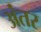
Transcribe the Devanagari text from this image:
अंंतर